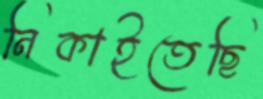
নিকাইতেছি